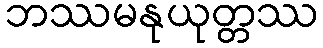
ဘဿမနုယုတ္တဿ